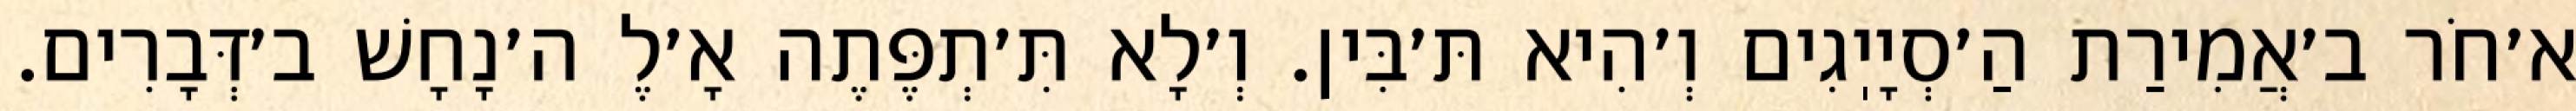
א׳חֹר ב׳אֲמִירַת הַ׳סְיָיֽגִים וְ׳הִיא תּ׳בִּין. וְ׳לָא תִּ׳תְפֶּתֶה אָ׳לֶ ה׳נָחָשׁ ב׳דְּבָרִים.